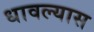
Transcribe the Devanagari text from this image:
धावल्यास